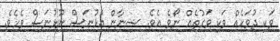
ވަކި ދުވަހެއް ވަކި ވަގުތެއް ނޯވެ އެވެ. ޝިނާން އުޅުނަސް ނޫޅުނަސް ވެހެވެ.